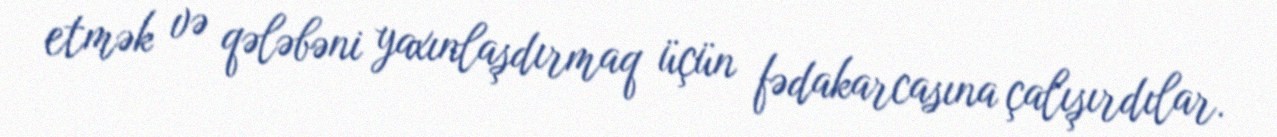
etmək və qələbəni yaxınlaşdırmaq üçün fədakarcasına çalışırdılar.